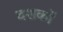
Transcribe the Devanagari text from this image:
दशर्कों